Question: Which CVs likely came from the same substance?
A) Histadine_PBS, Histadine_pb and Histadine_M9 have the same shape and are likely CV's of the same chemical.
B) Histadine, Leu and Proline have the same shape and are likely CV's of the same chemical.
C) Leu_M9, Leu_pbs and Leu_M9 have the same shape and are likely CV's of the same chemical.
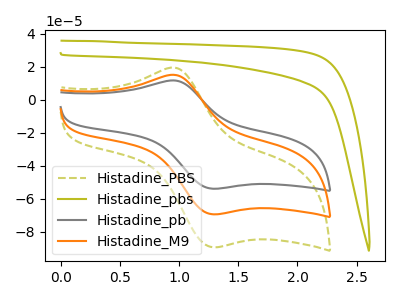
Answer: <think>The olive dashed curve "Histadine_PBS" has an anodic peak at (1.00V, 19.40uA) and a cathodic peak at (1.30V, -89.25uA). The olive curve "Histadine_pbs" has no peaks. The gray curve "Histadine_pb" has an anodic peak at (1.00V, 30.15uA) and a cathodic peak at (1.30V, -138.55uA). The orange curve "Histadine_M9" has an anodic peak at (1.00V, 15.10uA) and a cathodic peak at (1.30V, -69.25uA).
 "Histadine_PBS" and "Histadine_pbs" have a different number of peaks. All the peaks in "Histadine_PBS" have a peak in "Histadine_pb" at the same potential. Every peak in "Histadine_PBS" is lower than every peak in "Histadine_pb". All the peaks in "Histadine_PBS" have a peak in "Histadine_M9" at the same potential. Every peak in "Histadine_PBS" is higher than every peak in "Histadine_M9". "Histadine_pbs" and "Histadine_pb" have a different number of peaks. "Histadine_pbs" and "Histadine_M9" have a different number of peaks. All the peaks in "Histadine_pb" have a peak in "Histadine_M9" at the same potential. Every peak in "Histadine_pb" is higher than every peak in "Histadine_M9".</think>
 <answer>A) "Histadine_PBS", "Histadine_pb" and "Histadine_M9" have the same shape and are likely CV's of the same chemical.</answer>
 <eval>A</eval>